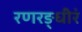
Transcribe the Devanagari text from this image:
रणरङ्धीरं